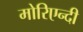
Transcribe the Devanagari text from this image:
मोरिएन्दी